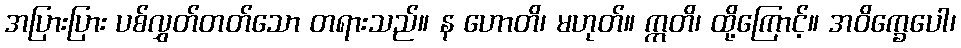
အပြားပြား ပစ်လွှတ်တတ်သော တရားသည်။ န ဟောတိ၊ မဟုတ်။ ဣတိ၊ ထို့ကြောင့်။ အဝိက္ခေပေါ၊